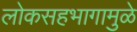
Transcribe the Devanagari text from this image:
लोकसहभागामुळे